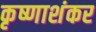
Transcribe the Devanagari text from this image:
कृष्णाशंकर